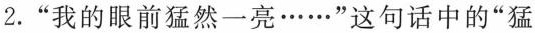
2.”我的眼前猛然一亮……”这句话中的”猛